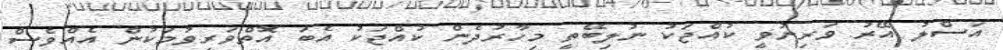
އަސްލު އޭރު ވަރިނުވީ ކުއްޖަކު ނުލިބޭތީ މިހާރުދެން ކުއްޖަކު އެބަ އޮތްވަރިވުމަކުން އެއްވެސް